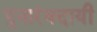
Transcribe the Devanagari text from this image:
पुनारंक्दायी